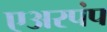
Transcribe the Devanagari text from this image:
एअरपंप